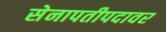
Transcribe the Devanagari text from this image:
सेनापतीपदावर